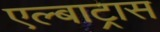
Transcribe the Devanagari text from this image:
एल्बाट्रास